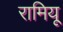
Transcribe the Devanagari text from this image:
रामियू